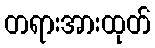
တရားအားထုတ်